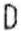
D